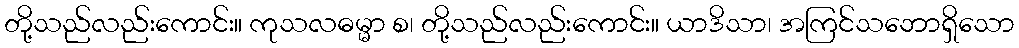
တို့သည်လည်းကောင်း။ ကုသလဓမ္မာ စ၊ တို့သည်လည်းကောင်း။ ယာဒိသာ၊ အကြင်သဘောရှိသော